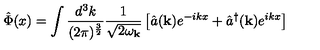
\hat { \Phi } ( x ) = \int \frac { d ^ { 3 } k } { ( 2 \pi ) ^ { \frac { 3 } { 2 } } } \frac { 1 } { \sqrt { 2 \omega _ { \bf k } } } \left[ \hat { a } ( { \bf k } ) e ^ { - i k x } + \hat { a } ^ { \dagger } ( { \bf k } ) e ^ { i k x } \right] \